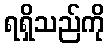
ရရှိသည်ကို